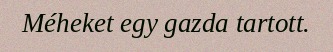
Méheket egy gazda tartott.